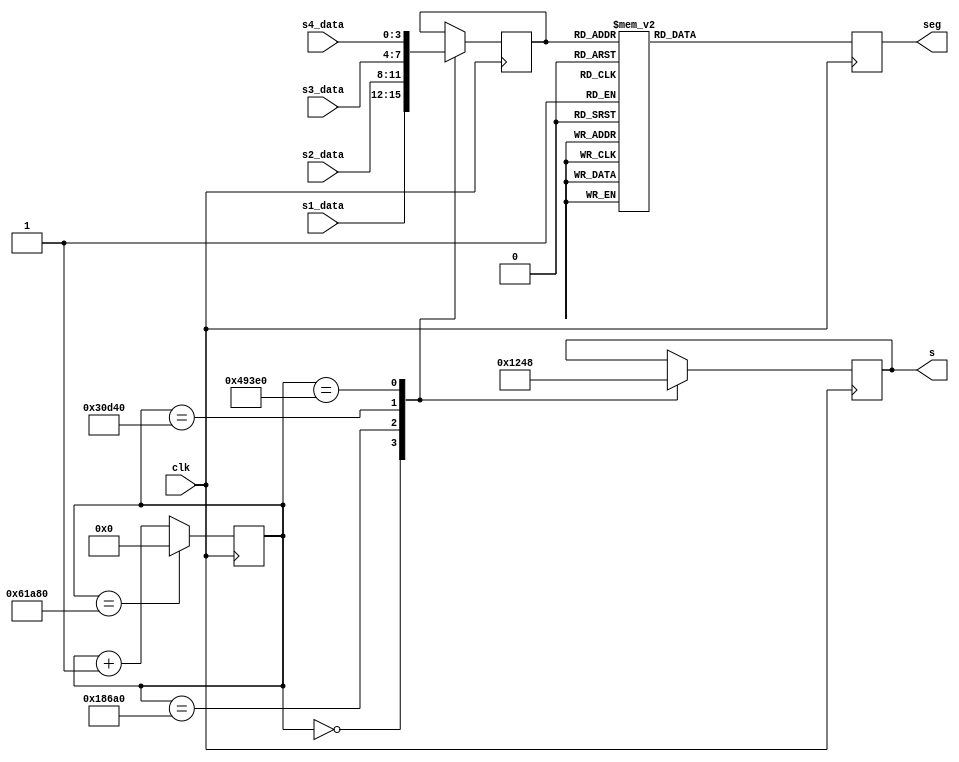
module bcd_2_7seg(
        input wire [3:0] s1_data,
        input wire [3:0] s2_data,
        input wire [3:0] s3_data,
        input wire [3:0] s4_data,
        input wire clk,
        output reg [6:0] seg,
        output reg [3:0] s
        );
    
    reg [3:0] data;
    reg [18:0] times;
    
    initial times = 0;
    initial s = 4'b0001;
    
    always @ (posedge clk)
        begin
        times <= times + 19'b1;
        case (times)
            19'd000000: begin s <= 4'b0001; data <= s1_data; end
            19'd100000: begin s <= 4'b0010; data <= s2_data; end
            19'd200000: begin s <= 4'b0100; data <= s3_data; end
            19'd300000: begin s <= 4'b1000; data <= s4_data; end
        endcase
        if(times == 400000)
            times <= 19'b0;
        end
    
    always @ (posedge clk)
    begin
        case(data)
            4'b0000: seg = ~7'b1000000;    //0
            4'b0001: seg = ~7'b1111001;    //1
            4'b0010: seg = ~7'b0100100;    //2
            4'b0011: seg = ~7'b0110000;    //3
            4'b0100: seg = ~7'b0011001;    //4
            4'b0101: seg = ~7'b0010010;    //5
            4'b0110: seg = ~7'b0000010;    //6
            4'b0111: seg = ~7'b1111000;    //7
            4'b1000: seg = ~7'b0000000;    //8
            4'b1001: seg = ~7'b0010000;    //9
            4'b1010: seg = ~7'b0001000;    //A
            4'b1011: seg = ~7'b0000011;    //b
            4'b1100: seg = ~7'b1000110;    //C
            4'b1101: seg = ~7'b0100001;    //d
            4'b1110: seg = ~7'b0000110;    //E
            4'b1111: seg = ~7'b0001110;    //F
        endcase
    end
endmodule